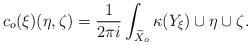
LaTeX: \begin{align*} c_o(\xi)(\eta,\zeta) = \frac{1}{2\pi i}\int_{\widetilde{X}_o}\kappa(Y_\xi)\cup \eta\cup \zeta.\end{align*}